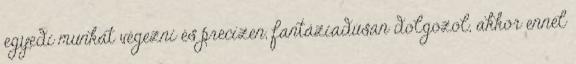
egyedi munkát végezni és precízen, fantáziadúsan dolgozol, akkor ennél